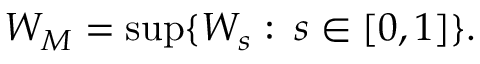
W _ { M } = \operatorname* { s u p } \{ W _ { s } \, \colon \, s \in [ 0 , 1 ] \} .